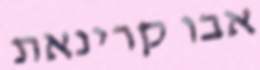
אבו קרינאת